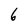
Character: 6